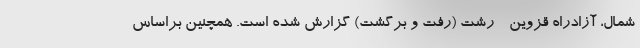
شمال، آزادراه قزوین - رشت (رفت و برگشت) گزارش شده است. همچنین براساس